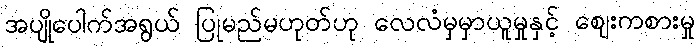
အပျိုပေါက်အရွယ် ပြုမည်မဟုတ်ဟု လေလံမှမှာယူမှုနှင့် ဈေးကစားမှု